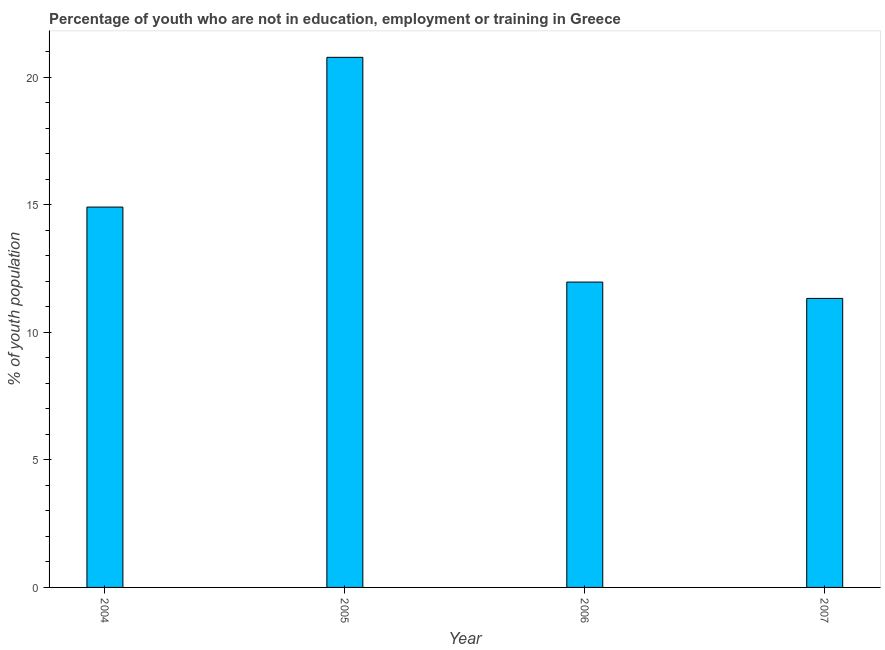
| Year | Unemployed youth |
 | --- | --- |
 | 2004 | 14.9 |
 | 2005 | 20.8 |
 | 2006 | 12 |
 | 2007 | 11.3 |